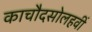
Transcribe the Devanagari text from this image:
काचौदसोलहवीं